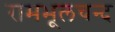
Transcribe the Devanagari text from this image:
रामभूलचन्द